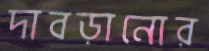
দাবড়ানোর